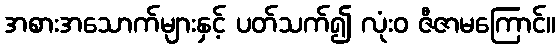
အစားအသောက်များနှင့် ပတ်သက်၍ လုံးဝ ဇီဇာမကြောင်။